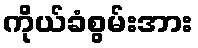
ကိုယ်ခံစွမ်းအား